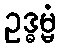
ဥဒ္ဓမ္မံ